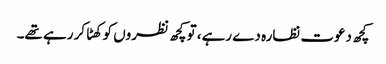
کچھ دعوت نظارہ دے رہے، تو کچھ نظروں کو کھٹا کر رہے تھے۔